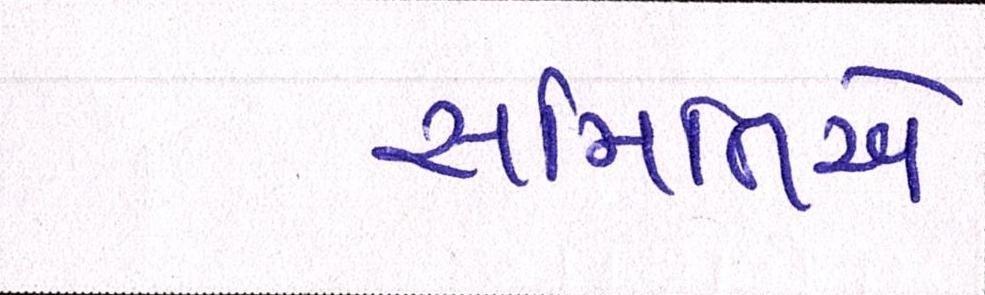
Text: સમિતિએ